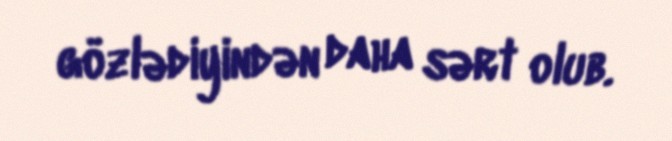
gözlədiyindən daha sərt olub.